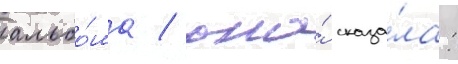
альбо́ма / она́ сказа́ла: